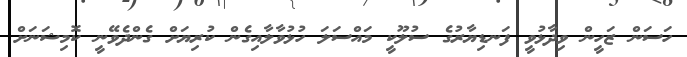
ހަސަން ޒަހީން ވިދާޅުވީ ފަނޑިޔާރުގެ ސުލޫކީ މައްސަލަ ހުޅުވާލާއިގެން ކުރިޔަށް ގެންދެވޭނީ ކޮމިޝަނަށް